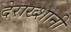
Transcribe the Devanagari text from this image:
देराख्शानी